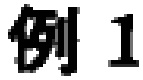
例1